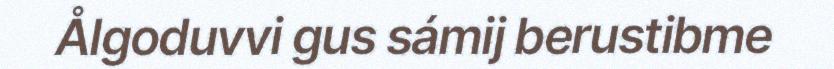
Ålgoduvvi gus sámij berustibme